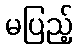
မပြည့်